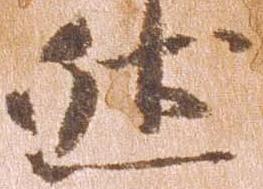
然